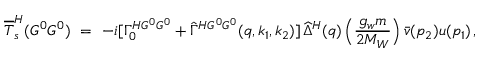
\overline { { { \cal T } } } _ { s } ^ { H } ( G ^ { 0 } G ^ { 0 } ) \ = \ - i [ \Gamma _ { 0 } ^ { H G ^ { 0 } G ^ { 0 } } + \widehat { \Gamma } ^ { H G ^ { 0 } G ^ { 0 } } ( q , k _ { 1 } , k _ { 2 } ) ] \, \widehat { \Delta } ^ { H } ( q ) \, \Big ( \frac { g _ { w } m } { 2 M _ { W } } \Big ) \, \bar { v } ( p _ { 2 } ) u ( p _ { 1 } ) \, ,